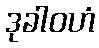
ဒုခါဝဟံ